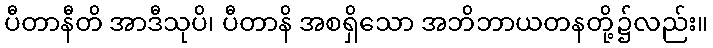
ပီတာနီတိ အာဒီသုပိ၊ ပီတာနိ အစရှိသော အဘိဘာယတနတို့၌လည်း။